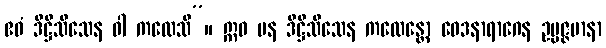
ဧဝံ ဒိဋ္ဌိသီသေန ဝါ ကထေသိ”။ ဣဓ ပန ဒိဋ္ဌိသီသေန ကထေန္တော ဝေဒနာရာဂေန ဥပ္ပဇ္ဇမာနာ